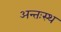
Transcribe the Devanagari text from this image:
अन्तःस्थ